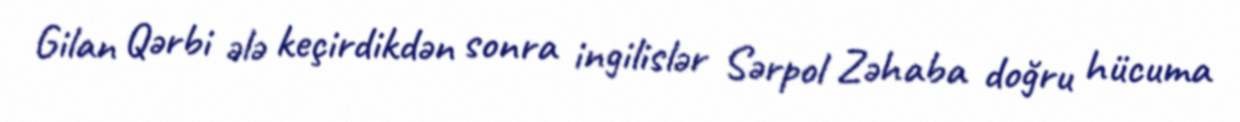
Gilan Qərbi ələ keçirdikdən sonra ingilislər Sərpol Zəhaba doğru hücuma